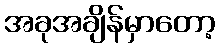
အခုအချိန်မှာတော့